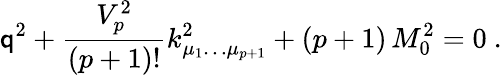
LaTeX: \mathsf{q}^{2}+{\frac{{V_{p}^{2}}}{{(p+1)!}}}k_{\mu_{1}\dots\mu_{p+1}}^{2}+(p+1)\, M_{0}^{2}=0\ .